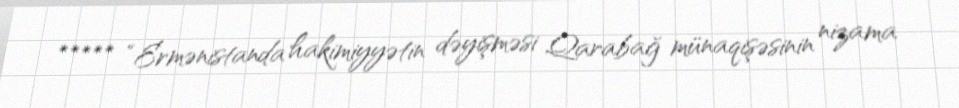
***** “Ermənistanda hakimiyyətin dəyişməsi Qarabağ münaqişəsinin nizama